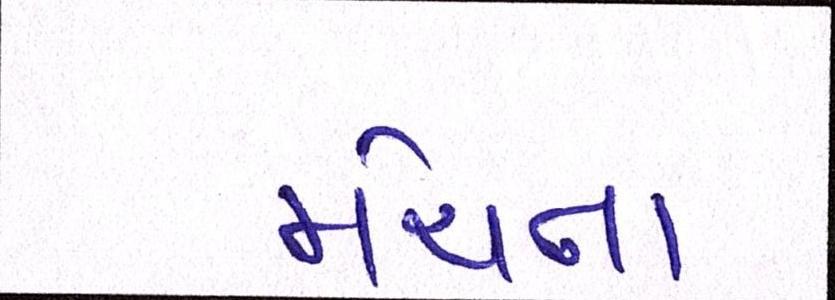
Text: મેચના